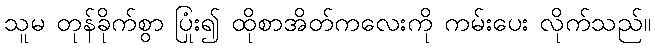
သူမ တုန်ခိုက်စွာ ပြုံး၍ ထိုစာအိတ်ကလေးကို ကမ်းပေး လိုက်သည်။